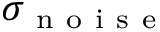
\sigma _ { \mathrm { ~ n ~ o ~ i ~ s ~ e ~ } }